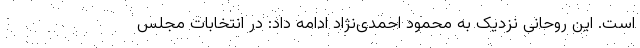
است. این روحانی نزدیک به محمود احمدی‌نژاد ادامه داد: در انتخابات مجلس